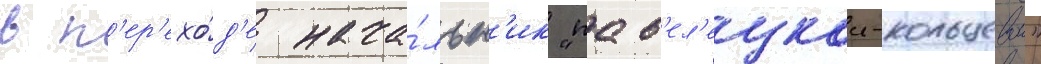
в п'ер'ехо́д'е нача́льн'ик "пав'ел'ецкои-кольцевои"